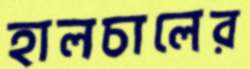
হালচালের